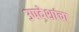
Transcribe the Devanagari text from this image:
उपदेशांचा